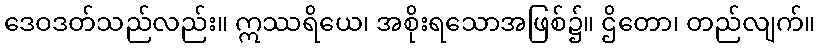
ဒေဝဒတ်သည်လည်း။ ဣဿရိယေ၊ အစိုးရသောအဖြစ်၌။ ဌိတော၊ တည်လျက်။